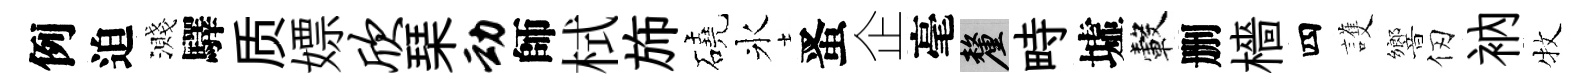
例迫濺驛质嫖欣琹动師栻斾磽氷󱉠企毫厘畤墟轂删檣四護響仞衲牧